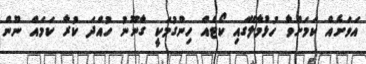
އަވަށެއް ކަމަށްވާ ހުޅުމާލޭގައި ކޯޓެއް ހިންގުމަކީ ގާނޫނު ހުއްދަ ކުރާ ކަމައް ނޫން